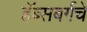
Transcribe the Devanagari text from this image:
हॅब्सबर्गचे